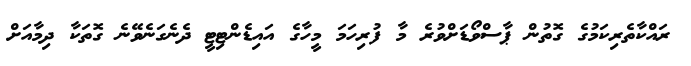
ރައްކާތެރިކަމުގެ ގޮތުން ޕާސްވޯޑަށްވުރެ މާ ފުރިހަމަ މީހާގެ އައިޑެންޓިޓީ ދެނެގަނެވޭނެ ގޮތަކާ ދިމާއަށް